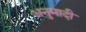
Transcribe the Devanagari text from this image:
अनुमादी